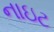
નાઇટ